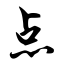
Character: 点